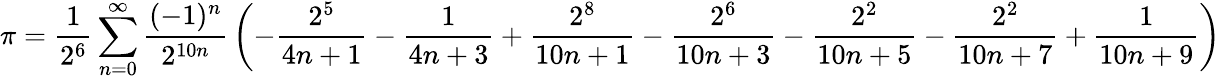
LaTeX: \pi={\frac{1}{2^{6}}}\sum_{n=0}^{\infty}{\frac{(-1)^{n}}{2^{10n}}}\left(-{\frac{2^{5}}{4n+1}}-{\frac{1}{4n+3}}+{\frac{2^{8}}{10n+1}}-{\frac{2^{6}}{10n+3}}-{\frac{2^{2}}{10n+5}}-{\frac{2^{2}}{10n+7}}+{\frac{1}{10n+9}}\right)